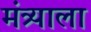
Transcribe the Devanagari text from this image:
मंत्र्याला